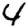
Digit: 4